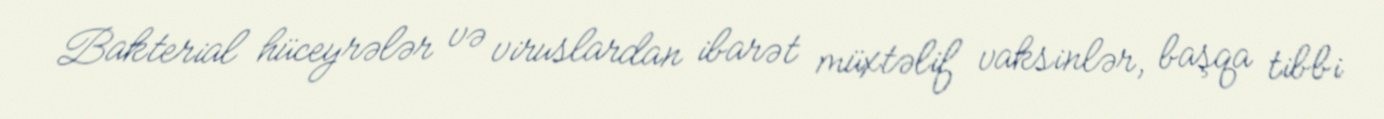
Bakterial hüceyrələr və viruslardan ibarət müxtəlif vaksinlər, başqa tibbi